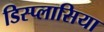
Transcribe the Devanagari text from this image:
डिस्प्लासिया